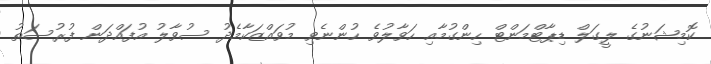
ކޮމިޝަނުގެ ލީގަލް ޑިޕާޓްމަންޓް ހިންގުމާއި ހަވާލުވެ ހުންނެވި މުވައްޒަކާމެދު ސުވާލު އުފައްދަން ފުރުސަތު